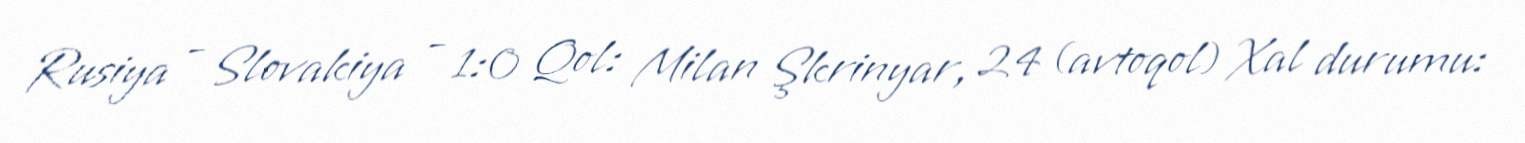
Rusiya - Slovakiya - 1:0 Qol: Milan Şkrinyar, 24 (avtoqol) Xal durumu: